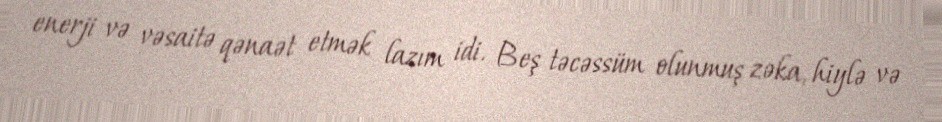
enerji və vəsaitə qənaət etmək lazım idi. Beş təcəssüm olunmuş zəka, hiylə və